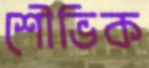
শৌভিক